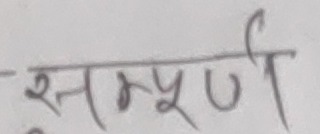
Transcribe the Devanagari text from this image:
सम्पूर्ण